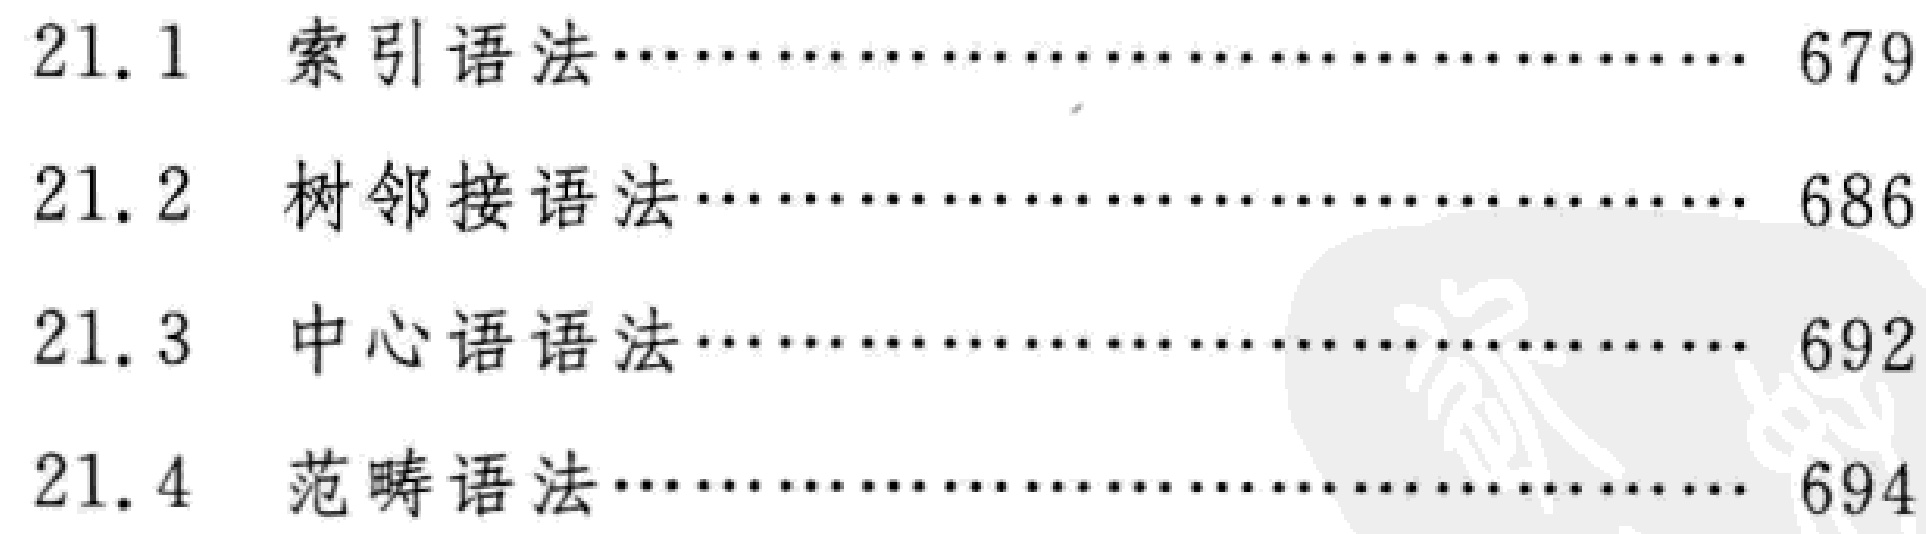
\begin{enumerate}

\item[21.1] 索引语法\hfill 679

\item[21.2] 树邻接语法\hfill 686

\item[21.3] 中心语语法\hfill 692

\item[21.4] 范畴语法\hfill 694

\end{enumerate}